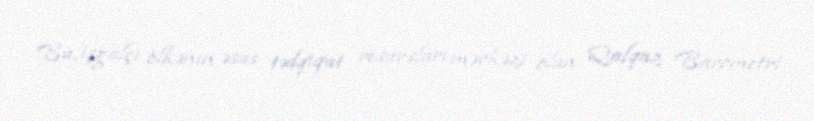
Bu, işğalçı ölkənin əsas tədqiqat resursları mərkəzi olan Qafqaz Barometri